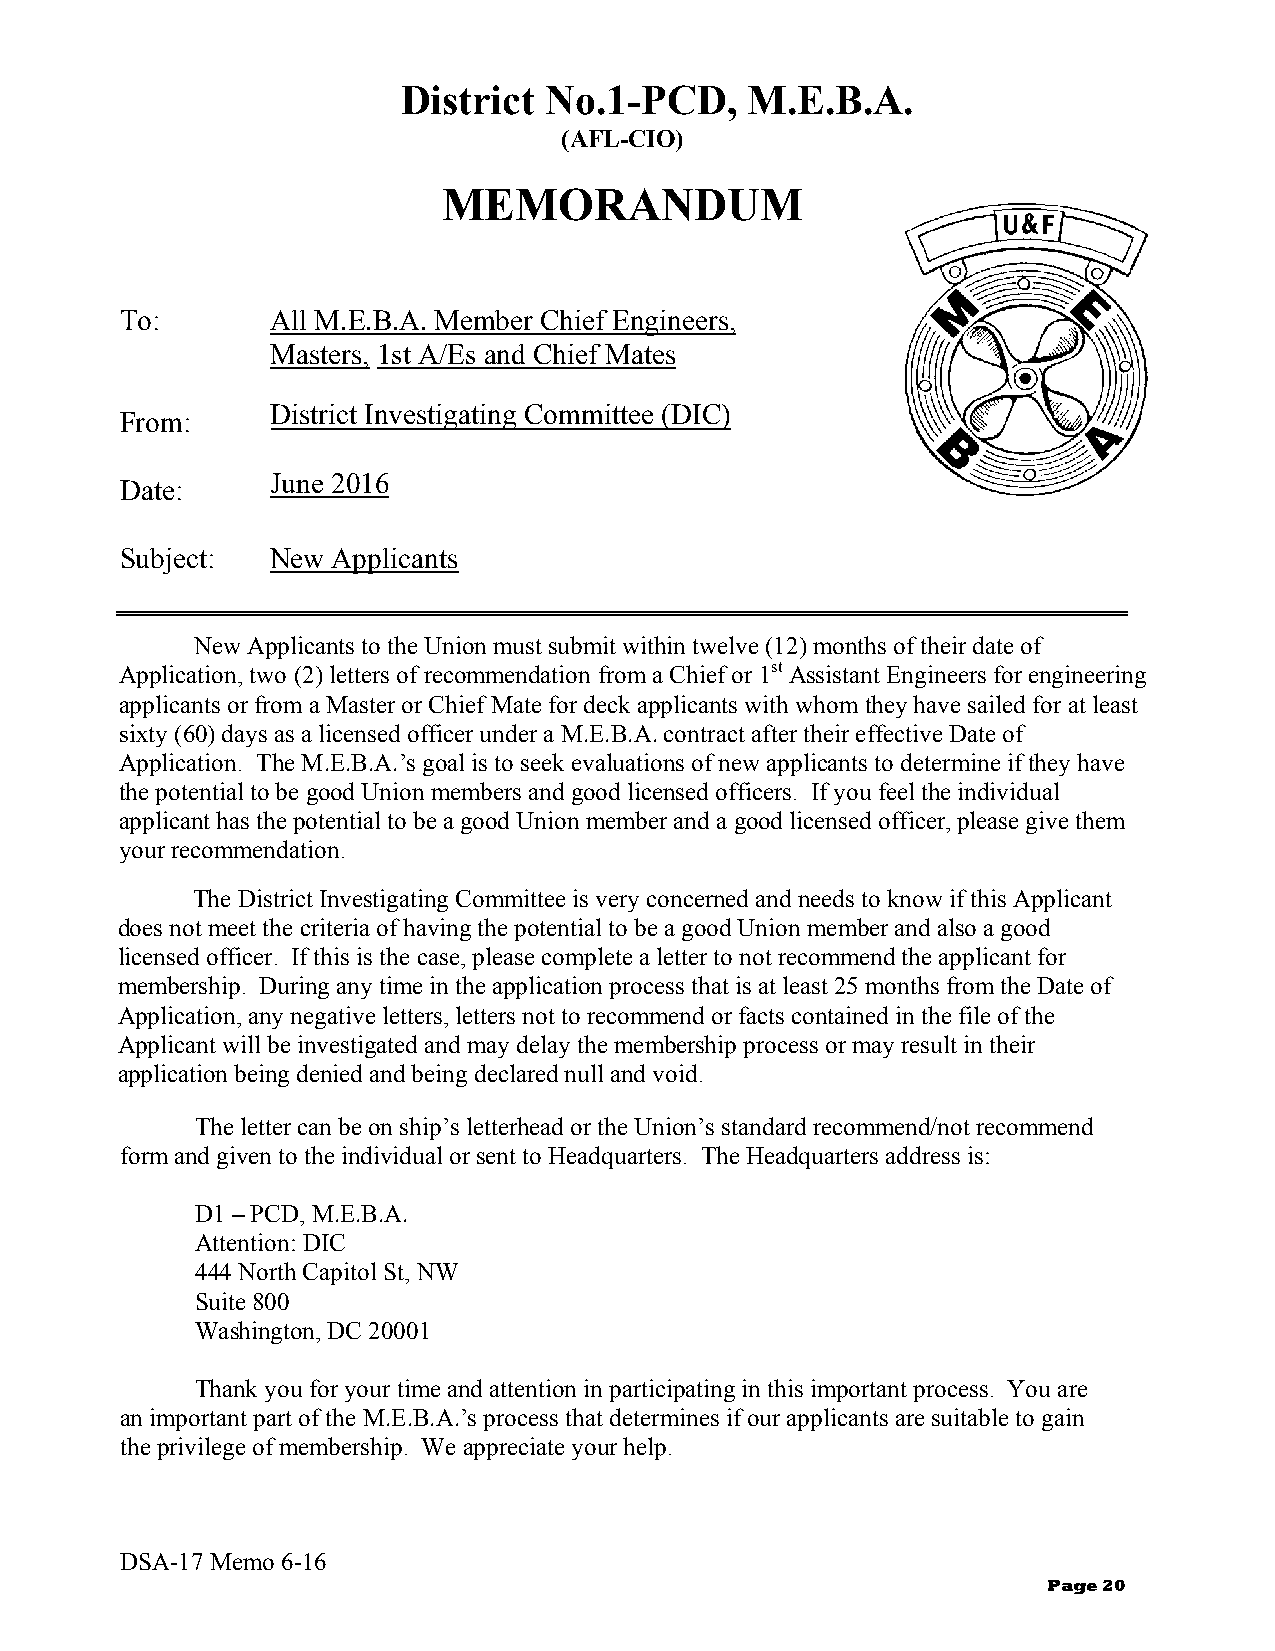
District No.1-PCD,    M.E.B.A.
 (AFL-CIO)
 MEMORANDUM
 To:       All M.E.B.A. Member Chief Engineers,
 Masters, 1st A/Es and Chief Mates
 From:
 District Investigating Committee (DIC)
 Date:     June 2016
 Subject:  New Applicants
 New Applicants to the Union must submit within twelve (12) months of their date of
 Application, two (2) letters of recommendation from a Chief or 1st Assistant Engineers for engineering
 applicants or from a Master or Chief Mate for deck applicants with whom they have sailed for at least
 sixty (60) days as a licensed officer under a M.E.B.A. contract after their effective Date of
 Application. The M.E.B.A.’s goal is to seek evaluations of new applicants to determine if they have
 the potential to be good Union members and good licensed officers. If you feel the individual
 applicant has the potential to be a good Union member and a good licensed officer, please give them
 your recommendation.
 The District Investigating Committee is very concerned and needs to know if this Applicant
 does not meet the criteria of having the potential to be a good Union member and also a good
 licensed officer. If this is the case, please complete a letter to not recommend the applicant for
 membership. During any time in the application process that is at least 25 months from the Date of
 Application, any negative letters, letters not to recommend or facts contained in the file of the
 Applicant will be investigated and may delay the membership process or may result in their
 application being denied and being declared null and void.
 The letter can be on ship’s letterhead or the Union’s standard recommend/not recommend
 form and given to the individual or sent to Headquarters. The Headquarters address is:
 D1 – PCD, M.E.B.A.
 Attention: DIC
 444 North Capitol St, NW
 Suite 800
 Washington, DC 20001
 Thank you for your time and attention in participating in this important process. You are
 an important part of the M.E.B.A.’s process that determines if our applicants are suitable to gain
 the privilege of membership. We appreciate your help.
 DSA-17 Memo 6-16
 Page 20